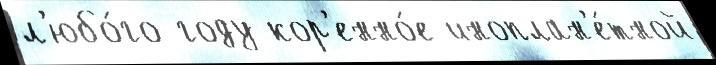
л'юбо́го году кор'енно́е иноплан'е́тной